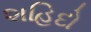
શહિદો